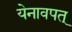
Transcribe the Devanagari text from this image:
येनावपत्